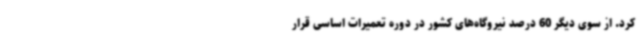
کرد. از سوی دیگر 60 درصد نیروگاه‌های کشور در دوره تعمیرات اساسی قرار